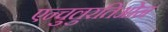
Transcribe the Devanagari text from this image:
एन्चुलुरतिओन